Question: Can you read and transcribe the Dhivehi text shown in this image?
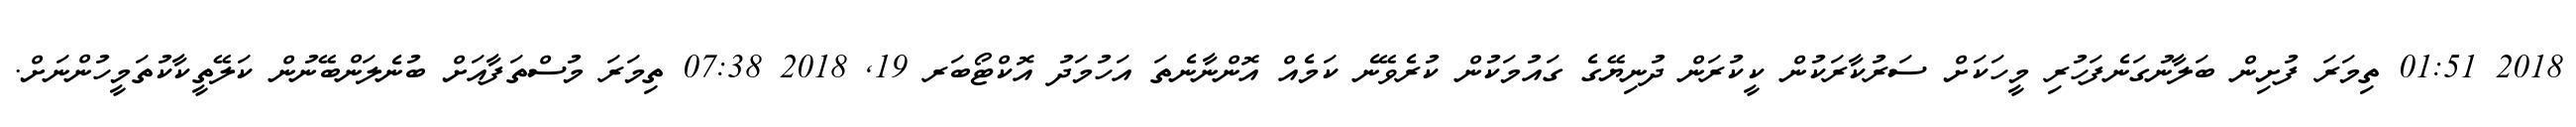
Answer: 2018 01:51 ތިމަރަ ފުށިން ބަލާނުގަނެފަހުރި މީހަކަށް ސަރުކާރަކުން ކީކުރަން ދުނިޔޭގެ ގައުމަކުން ކުރެވޭނެ ކަމެއް އޮންނާނެތަ އަހުމަދު އޮކްޓޯބަރ 19, 2018 07:38 ތިމަރަ މުސްތަފާއަށް ބުނެލަންބޭނުން ކަލޭތީކާކުތަމީހުންނަށް.